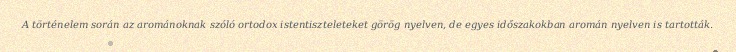
A történelem során az arománoknak szóló ortodox istentiszteleteket görög nyelven, de egyes időszakokban aromán nyelven is tartották.